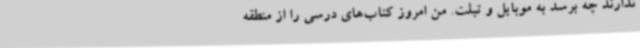
ندارند چه برسد به موبایل و تبلت. من امروز کتاب‌های درسی را از منطقه